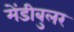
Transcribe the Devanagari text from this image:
मेंडीबुलर